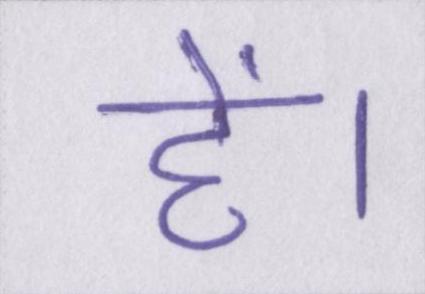
हें।